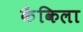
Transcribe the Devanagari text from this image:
कैंकिला